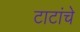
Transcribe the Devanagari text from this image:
टाटांचे